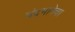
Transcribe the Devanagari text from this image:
चंद्रभागेचा